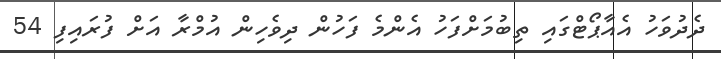
ދެދުވަހު އެއާޕޯޓްގައި ތިބުމަށްފަހު އެންމެ ފަހުން ދިވެހިން އުމްރާ އަށް ފުރައިފި 54